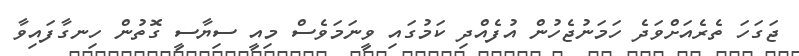
ޖަގަހަ ތެރެއަށްވަދެ ހަމަނުޖެހުން އުފެއްދި ކަމުގައި ވީނަމަވެސް މިއީ ސިޔާސީ ގޮތުން ހިނގާފައިވާ